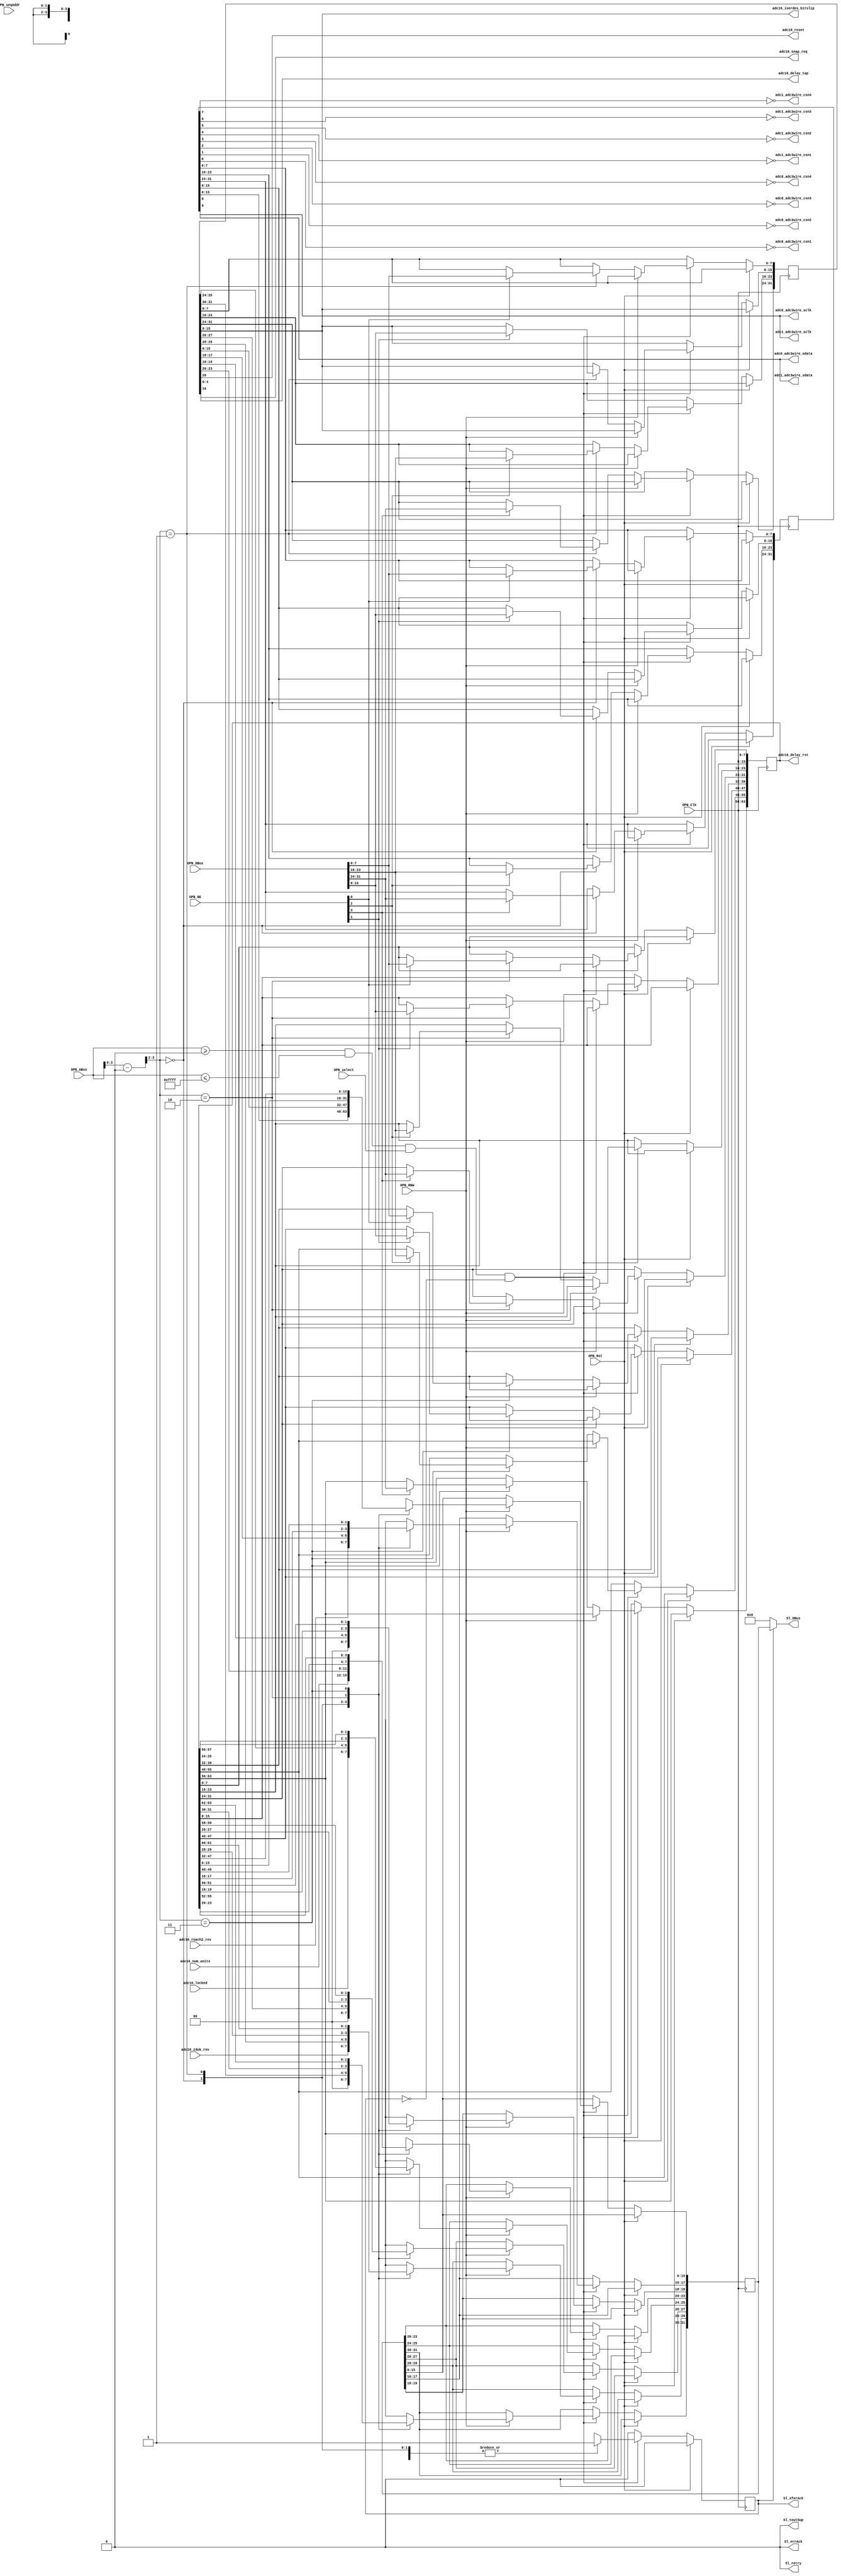
/*

 Modified version of:
 XPS_ROACH2_BASE/pcores/opb_katcontroller/hdl/verilog/opb_katcontroller.v

 */
module opb_adc16_controller(
    input         OPB_Clk,
    input         OPB_Rst,
    output [0:31] Sl_DBus,
    output        Sl_errAck,
    output        Sl_retry,
    output        Sl_toutSup,
    output        Sl_xferAck,
    input  [0:31] OPB_ABus,
    input  [0:3]  OPB_BE,
    input  [0:31] OPB_DBus,
    input         OPB_RNW,
    input         OPB_select,
    input         OPB_seqAddr,

    output        adc0_adc3wire_csn1,
    output        adc0_adc3wire_csn2,
    output        adc0_adc3wire_csn3,
    output        adc0_adc3wire_csn4,
    output        adc0_adc3wire_sdata,
    output        adc0_adc3wire_sclk,

    output        adc1_adc3wire_csn1,
    output        adc1_adc3wire_csn2,
    output        adc1_adc3wire_csn3,
    output        adc1_adc3wire_csn4,
    output        adc1_adc3wire_sdata,
    output        adc1_adc3wire_sclk,

    output        adc16_reset,
    output        [0:7] adc16_iserdes_bitslip,

    output        [0:63] adc16_delay_rst,
    output        [0:4] adc16_delay_tap,
    output        adc16_snap_req,
    input   [1:0] adc16_locked,
    input   [1:0] adc16_roach2_rev,
    input   [1:0] adc16_zdok_rev,
    input   [3:0] adc16_num_units
  );
  parameter C_BASEADDR    = 32'h00000000;
  parameter C_HIGHADDR    = 32'h0000FFFF;
  parameter C_OPB_AWIDTH  = 32;
  parameter C_OPB_DWIDTH  = 32;
  parameter C_FAMILY      = "";

  /********* Global Signals *************/

  wire [0:31] adc16_adc3wire_wire;
  wire [0:31] adc16_ctrl_wire;
  wire [0:63] adc16_delay_strobe_wire;

  /************ OPB Logic ***************/

  wire addr_match = OPB_ABus >= C_BASEADDR && OPB_ABus <= C_HIGHADDR;
  wire [31:0] opb_addr = OPB_ABus - C_BASEADDR;

  reg opb_ack;

  /*** Registers ****/

  /* ADC0 3-Wire Register */
  reg [0:31] adc16_adc3wire_reg;
  assign adc16_adc3wire_wire = adc16_adc3wire_reg;

  /* ======================================= */
  /* ADC0 3-Wire Register (word 0)           */
  /* ======================================= */
  /* ZZ = ZDOK Pinout Revision               */
  /* LL = Clock locked bits                  */
  /* NNNN = Number of ADC chips supported    */
  /* RR = ROACH2 revision expected/required  */
  /* C = SCLK                                */
  /* D = SDATA                               */
  /* 7 = CSNH (chip select H, active high)   */
  /* 6 = CSNG (chip select G, active high)   */
  /* 5 = CSNF (chip select F, active high)   */
  /* 4 = CSNE (chip select E, active high)   */
  /* 3 = CSND (chip select D, active high)   */
  /* 2 = CSNC (chip select C, active high)   */
  /* 1 = CSNB (chip select B, active high)   */
  /* 0 = CSNA (chip select A, active high)   */
  /* ======================================= */
  /* |<-- MSb                       LSb -->| */
  /* 0000_0000_0011_1111_1111_2222_2222_2233 */
  /* 0123_4567_8901_2345_6789_0123_4567_8901 */
  /* --ZZ ---- ---- ---- ---- ---- ---- ---- */
  /* ---- --LL ---- ---- ---- ---- ---- ---- */
  /* ---- ---- NNNN ---- ---- ---- ---- ---- */
  /* ---- ---- ---- --RR ---- ---- ---- ---- */
  /* ---- ---- ---- ---- ---- --C- ---- ---- */
  /* ---- ---- ---- ---- ---- ---D ---- ---- */
  /* ---- ---- ---- ---- ---- ---- 7654 3210 */
  /* ======================================= */
  /* NOTE: LL reflects the runtime lock      */
  /*       status of a line clock from each  */
  /*       ADC board.  A '1' bit means       */
  /*       locked (good!).  Bit 5 is always  */
  /*       used, but bit 6 is only used when */
  /*       NNNN is 4 (or less).              */
  /* ======================================= */
  /* NOTE: NNNN, RR and ZZ are read-only     */
  /*       values that are set at compile    */
  /*       time.  They do not indicate the   */
  /*       state of the actual hardware in   */
  /*       use at runtime.                   */
  /* ======================================= */

  assign adc1_adc3wire_sclk  =  adc16_adc3wire_wire[22];
  assign adc0_adc3wire_sclk  =  adc16_adc3wire_wire[22];
  assign adc1_adc3wire_sdata =  adc16_adc3wire_wire[23];
  assign adc0_adc3wire_sdata =  adc16_adc3wire_wire[23];
  /* Invert chip select bits on output. */
  assign adc1_adc3wire_csn4  = ~adc16_adc3wire_wire[24];
  assign adc1_adc3wire_csn3  = ~adc16_adc3wire_wire[25];
  assign adc1_adc3wire_csn2  = ~adc16_adc3wire_wire[26];
  assign adc1_adc3wire_csn1  = ~adc16_adc3wire_wire[27];
  assign adc0_adc3wire_csn4  = ~adc16_adc3wire_wire[28];
  assign adc0_adc3wire_csn3  = ~adc16_adc3wire_wire[29];
  assign adc0_adc3wire_csn2  = ~adc16_adc3wire_wire[30];
  assign adc0_adc3wire_csn1  = ~adc16_adc3wire_wire[31];

  /* ADC0 Control Register */
  reg [0:31] adc16_ctrl_reg;
  assign adc16_ctrl_wire = adc16_ctrl_reg;

  /* ======================================= */
  /* ADC0 Control Register (word 1)          */
  /* ======================================= */
  /* R = Reset                               */
  /* S = Snap Request                        */
  /* H = ISERDES Bit Slip Chip H             */
  /* G = ISERDES Bit Slip Chip G             */
  /* F = ISERDES Bit Slip Chip F             */
  /* E = ISERDES Bit Slip Chip E             */
  /* D = ISERDES Bit Slip Chip D             */
  /* C = ISERDES Bit Slip Chip C             */
  /* B = ISERDES Bit Slip Chip B             */
  /* A = ISERDES Bit Slip Chip A             */
  /* T = Delay Tap                           */
  /* ======================================= */
  /* |<-- MSb                       LSb -->| */
  /* 0000 0000 0011 1111 1111 2222 2222 2233 */
  /* 0123 4567 8901 2345 6789 0123 4567 8901 */
  /* ---- ---- ---R ---- ---- ---- ---- ---- */
  /* ---- ---- ---- ---S ---- ---- ---- ---- */
  /* ---- ---- ---- ---- HGFE DCBA ---- ---- */
  /* ---- ---- ---- ---- ---- ---- ---T TTTT */
  /* ======================================= */

  assign adc16_reset           = adc16_ctrl_wire[11   ];
  assign adc16_snap_req        = adc16_ctrl_wire[15   ];
  assign adc16_iserdes_bitslip = adc16_ctrl_wire[16:23];
  assign adc16_delay_tap       = adc16_ctrl_wire[27:31];

  /* ADC0 Delay Strobe Register */
  reg [0:63] adc16_delay_strobe_reg;
  assign adc16_delay_strobe_wire = adc16_delay_strobe_reg;

  /* =============================================== */
  /* ADC0 Delay A Strobe Register (word 2)           */
  /* =============================================== */
  /* D = Delay RST                                   */
  /* =============================================== */
  /* |<-- MSb                              LSb -->|  */
  /* 0000  0000  0011  1111  1111  2222  2222  2233  */
  /* 0123  4567  8901  2345  6789  0123  4567  8901  */
  /* DDDD  DDDD  DDDD  DDDD  DDDD  DDDD  DDDD  DDDD  */
  /* |  |  |  |  |  |  |  |  |  |  |  |  |  |  |  |  */
  /* H4 H1 G4 G1 F4 F1 E4 E1 D4 D1 C4 C1 B4 B1 A4 A1 */
  /* =============================================== */

  /* =============================================== */
  /* ADC0 Delay B Strobe Register (word 3)           */
  /* =============================================== */
  /* D = Delay RST                                   */
  /* =============================================== */
  /* |<-- MSb                              LSb -->|  */
  /* 0000  0000  0011  1111  1111  2222  2222  2233  */
  /* 0123  4567  8901  2345  6789  0123  4567  8901  */
  /* DDDD  DDDD  DDDD  DDDD  DDDD  DDDD  DDDD  DDDD  */
  /* |  |  |  |  |  |  |  |  |  |  |  |  |  |  |  |  */
  /* H4 H1 G4 G1 F4 F1 E4 E1 D4 D1 C4 C1 B4 B1 A4 A1 */
  /* =============================================== */

  assign adc16_delay_rst = adc16_delay_strobe_wire;

  /* OPB interface logic */

  reg [31:0] opb_data_out;

  always @(posedge OPB_Clk) begin
    opb_ack <= 1'b0;

    adc16_adc3wire_reg <= adc16_adc3wire_reg;
    adc16_ctrl_reg <= adc16_ctrl_reg;
    adc16_delay_strobe_reg <= adc16_delay_strobe_reg;

    if (OPB_Rst) begin
    end else begin
      if (addr_match && OPB_select && !opb_ack) begin
        if (!OPB_RNW) begin
          case (opb_addr[3:2])
           0:  begin
                opb_ack <= 1'b1;
                if (OPB_BE[0]) begin
                    adc16_adc3wire_reg[0:7] <= OPB_DBus[0:7];
                end
                if (OPB_BE[1]) begin
                    adc16_adc3wire_reg[8:15] <= OPB_DBus[8:15];
                end
                if (OPB_BE[2]) begin
                    adc16_adc3wire_reg[16:23] <= OPB_DBus[16:23];
                end
                if (OPB_BE[3]) begin
                    adc16_adc3wire_reg[24:31] <= OPB_DBus[24:31];
                end
           end
           1:  begin
                opb_ack <= 1'b1;
                if (OPB_BE[0]) begin
                    adc16_ctrl_reg[0:7] <= OPB_DBus[0:7];
                end
                if (OPB_BE[1]) begin
                    adc16_ctrl_reg[8:15] <= OPB_DBus[8:15];
                end
                if (OPB_BE[2]) begin
                    adc16_ctrl_reg[16:23] <= OPB_DBus[16:23];
                end
                if (OPB_BE[3]) begin
                    adc16_ctrl_reg[24:31] <= OPB_DBus[24:31];
                end
           end
           2:  begin
                opb_ack <= 1'b1;
                if (OPB_BE[0]) begin
                    adc16_delay_strobe_reg[32:39] <= OPB_DBus[0:7];
                end
                if (OPB_BE[1]) begin
                    adc16_delay_strobe_reg[40:47] <= OPB_DBus[8:15];
                end
                if (OPB_BE[2]) begin
                    adc16_delay_strobe_reg[48:55] <= OPB_DBus[16:23];
                end
                if (OPB_BE[3]) begin
                    adc16_delay_strobe_reg[56:63] <= OPB_DBus[24:31]; // LSB
                end
           end
           3:  begin
                opb_ack <= 1'b1;
                if (OPB_BE[0]) begin
                    adc16_delay_strobe_reg[0:7] <= OPB_DBus[0:7]; // MSB
                end
                if (OPB_BE[1]) begin
                    adc16_delay_strobe_reg[8:15] <= OPB_DBus[8:15];
                end
                if (OPB_BE[2]) begin
                    adc16_delay_strobe_reg[16:23] <= OPB_DBus[16:23];
                end
                if (OPB_BE[3]) begin
                    adc16_delay_strobe_reg[24:31] <= OPB_DBus[24:31];
                end
           end
          endcase
        end else begin // if (!OPB_RNW)
          case (opb_addr[3:2])
           0:  begin
                   opb_ack <= 1'b1;
                   opb_data_out[31:30] <= 2'b00;
                   opb_data_out[29:28] <= adc16_zdok_rev;
                   opb_data_out[27:26] <= 2'b00;
                   opb_data_out[25:24] <= adc16_locked;
                   opb_data_out[23:20] <= adc16_num_units;
                   opb_data_out[19:18] <= 2'b00;
                   opb_data_out[17:16] <= adc16_roach2_rev;
                   opb_data_out[15:0 ] <= adc16_adc3wire_reg[16:31];
               end
           1:  begin
                   opb_ack <= 1'b1;
                   opb_data_out <= adc16_ctrl_reg;
               end
           2:  begin
                   opb_ack <= 1'b1;
                   opb_data_out <= adc16_delay_strobe_reg[32:63]; // Lower half
               end
           3:  begin
                   opb_ack <= 1'b1;
                   opb_data_out <= adc16_delay_strobe_reg[0:31]; // Upper half
               end
          endcase
        end
      end
    end


  end

  assign Sl_DBus     = Sl_xferAck ? opb_data_out : 32'b0;
  assign Sl_errAck   = 1'b0;
  assign Sl_retry    = 1'b0;
  assign Sl_toutSup  = 1'b0;
  assign Sl_xferAck  = opb_ack;

endmodule